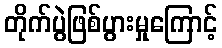
တိုက်ပွဲဖြစ်ပွားမှုကြောင့်